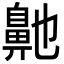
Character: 𮮶